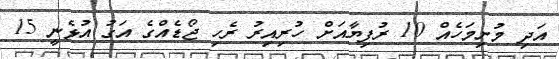
އަދި މުށިމަހެއް 10 ރުފިޔާއަށް ހުރިއިރު ރެހި ޖޯޑެއްގެ އަގު އުޅެނީ 15